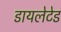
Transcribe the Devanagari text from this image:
डायलेटेड